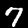
Label: 7